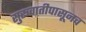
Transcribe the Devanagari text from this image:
सुरूवातीपासूनच